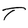
Character: T